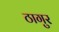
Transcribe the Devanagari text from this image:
ठागुर